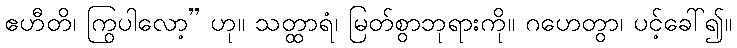
ဧဟီတိ၊ ကြွပါလော့” ဟု။ သတ္ထာရံ၊ မြတ်စွာဘုရားကို။ ဂဟေတွာ၊ ပင့်ခေါ်၍။